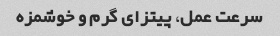
سرعت عمل، پیتزای گرم و خوشمزه